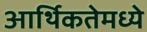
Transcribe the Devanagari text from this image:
आर्थिकतेमध्ये